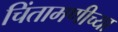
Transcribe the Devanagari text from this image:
चिंतामणीच्या